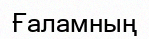
Ғаламның